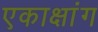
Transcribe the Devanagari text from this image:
एकाक्षांग